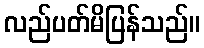
လည်ပတ်မိပြန်သည်။